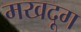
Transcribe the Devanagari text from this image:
मखदूग